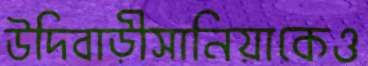
উদিবাড়ীসানিয়াকেও